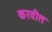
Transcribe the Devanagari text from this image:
करवीत